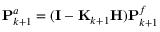
\mathbf { P } _ { k + 1 } ^ { a } = ( \mathbf { I } - \mathbf { K } _ { k + 1 } \mathbf { H } ) \mathbf { P } _ { k + 1 } ^ { f }